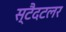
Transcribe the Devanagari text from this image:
स्टैदटलर